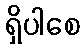
ရှိပါစေ